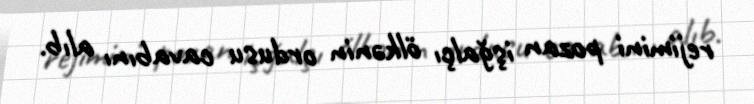
rejimini pozan işğalçı ölkənin ordusu cavabını alıb.